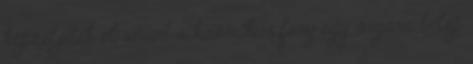
képzeljétek el amint a kozmikus fény egy sugara belép